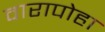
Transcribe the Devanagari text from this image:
वारापोहा